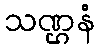
သဏ္ဌနံ